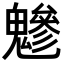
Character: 𩴑